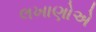
લખાણોએ